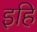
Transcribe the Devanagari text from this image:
इहि